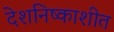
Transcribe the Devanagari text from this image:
देशनिष्काशीत